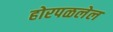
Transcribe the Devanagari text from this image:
होरपळलेल